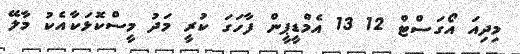
މިދިއަ އޯގަސްޓް 12 13 އެމްޑީޕީން ފާހަގަ ކުރީ މަދު މީސްކޮޅަކާއެކު މާލޭ